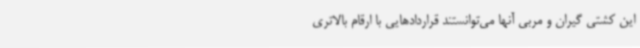
این کشتی گیران و مربی آنها می‌توانستند قراردادهایی با ارقام بالاتری